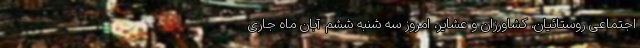
اجتماعی روستائیان، کشاورزان و عشایر، امروز سه شنبه ششم آبان ماه جاری